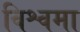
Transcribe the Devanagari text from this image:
विश्वमा